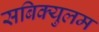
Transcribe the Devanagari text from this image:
सबिक्युलम